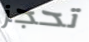
تحجز